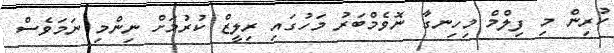
ކުރިން މި ފިލްމް މިހިނގާ ނޮވެމްބަރު މަހުގައި ރިލީޒް ކުރުމަށް ނިންމި ނަމަވެސް